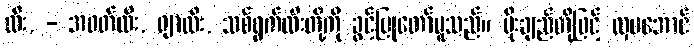
ထီး, - အဝတ်ထီး, ဖျာထီး, သစ်ရွက်ထီးတို့ကို ခွင့်ပြုတော်မူသည်။ ပိုးချည်တို့ဖြင့် လှပအောင်